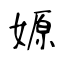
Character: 嫄